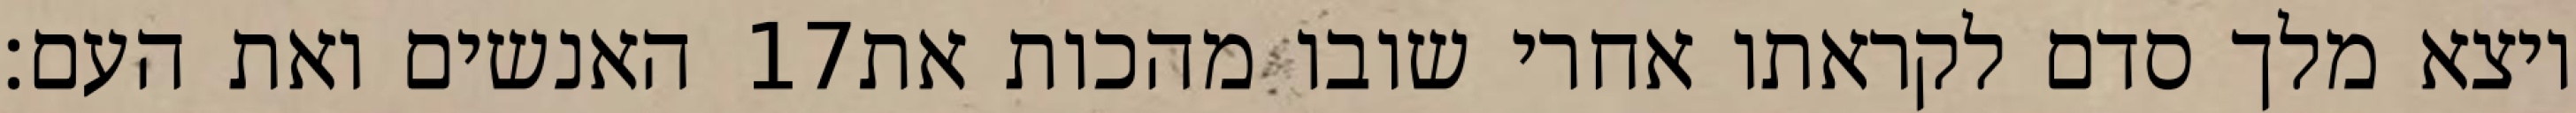
האנשים ואת העם׃ ‎17‏ ויצא מלך סדם לקראתו אחרי שובו מהכות את